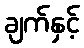
ချက်နှင့်